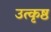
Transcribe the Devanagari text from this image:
उत्‍कृष्ठ